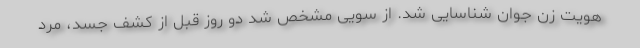
هویت زن جوان شناسایی شد. از سویی مشخص شد دو روز قبل از کشف جسد، مرد